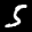
Label: 5